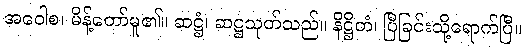
အဝေါစ၊ မိန့်တော်မူ၏။ ဆဋ္ဌံ၊ ဆဋ္ဌသုတ်သည်။ နိဋ္ဌိတံ၊ ပြီခြင်းသို့ရောက်ပြီ။